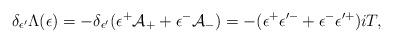
LaTeX: \begin{align*}\delta _{\epsilon ^{\prime }}\Lambda (\epsilon )=-\delta _{\epsilon ^{\prime}}(\epsilon ^{+}\mathcal{A}_{+}+\epsilon ^{-}\mathcal{A}_{-})=-(\epsilon^{+}\epsilon ^{\prime -}+\epsilon ^{-}\epsilon ^{\prime +})iT, \end{align*}